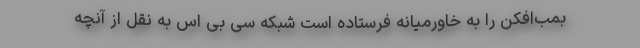
بمب‌افکن را به خاورمیانه فرستاده است شبکه سی بی اس به نقل از آنچه